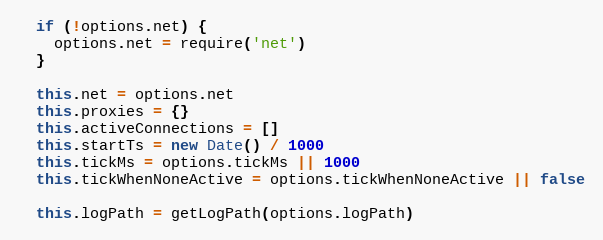
Language: JavaScript
  if (!options.net) {
    options.net = require('net')
  }

  this.net = options.net
  this.proxies = {}
  this.activeConnections = []
  this.startTs = new Date() / 1000
  this.tickMs = options.tickMs || 1000
  this.tickWhenNoneActive = options.tickWhenNoneActive || false

  this.logPath = getLogPath(options.logPath)